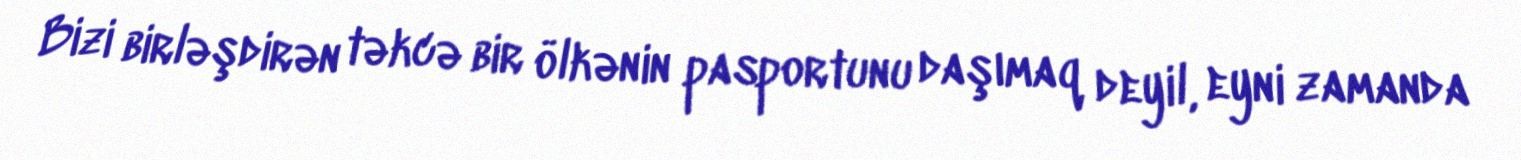
Bizi birləşdirən təkcə bir ölkənin pasportunu daşımaq deyil, eyni zamanda